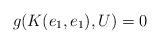
LaTeX: \begin{align*}g(K(e_1,e_1), U)=0\end{align*}